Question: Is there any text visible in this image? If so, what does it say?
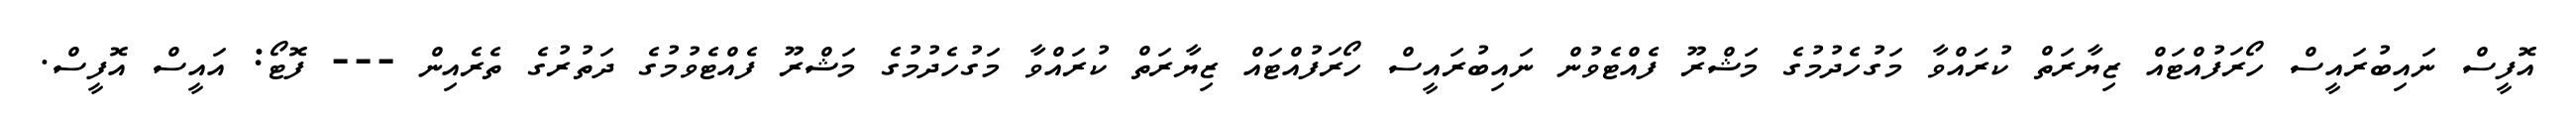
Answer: އޮފީސް ނައިބުރައީސް ހޯރަފުއްޓައް ޒިޔާރަތް ކުރައްވާ މަގުހެދުމުގެ މަޝްރޫ ފެއްޓެވުން ނައިބުރައީސް ހޯރަފުއްޓައް ޒިޔާރަތް ކުރައްވާ މަގުހެދުމުގެ މަޝްރޫ ފެއްޓެވުމުގެ ދަތުރުގެ ތެރެއިން --- ފޮޓޯ: އައީސް އޮފީސް.